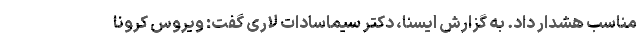
مناسب هشدار داد. به گزارش ایسنا، دکتر سیماسادات لاری گفت: ویروس کرونا